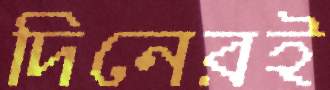
দিনেরই